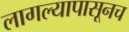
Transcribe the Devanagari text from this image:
लागल्यापासूनच